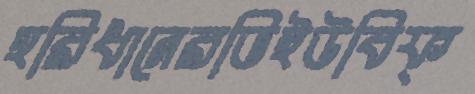
হরিধানেরভিইউবিফ্